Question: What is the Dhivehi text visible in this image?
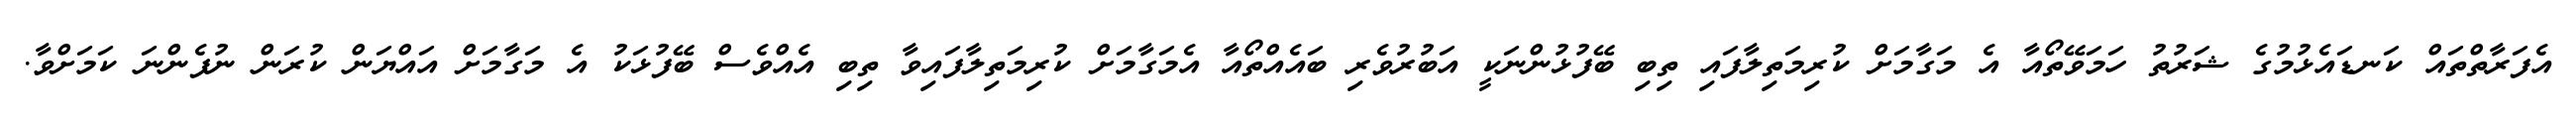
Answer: އެފަރާތްތައް ކަނޑައެޅުމުގެ ޝަރުތު ހަމަވޭތޯއާ އެ މަގާމަށް ކުރިމަތިލާފައި ތިބި ބޭފުޅުންނަކީ އަބުރުވެރި ބައެއްތޯއާ އެމަގާމަށް ކުރިމަތިލާފައިވާ ތިބި އެއްވެސް ބޭފުޅަކު އެ މަގާމަށް އައްޔަން ކުރަން ނުފެންނަ ކަމަށްވާ.